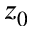
z _ { 0 }